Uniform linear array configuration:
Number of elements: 12
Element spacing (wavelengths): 1
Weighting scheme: uniform
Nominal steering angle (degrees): -45
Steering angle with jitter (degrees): -45.565
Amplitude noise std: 0.05
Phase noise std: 0.05

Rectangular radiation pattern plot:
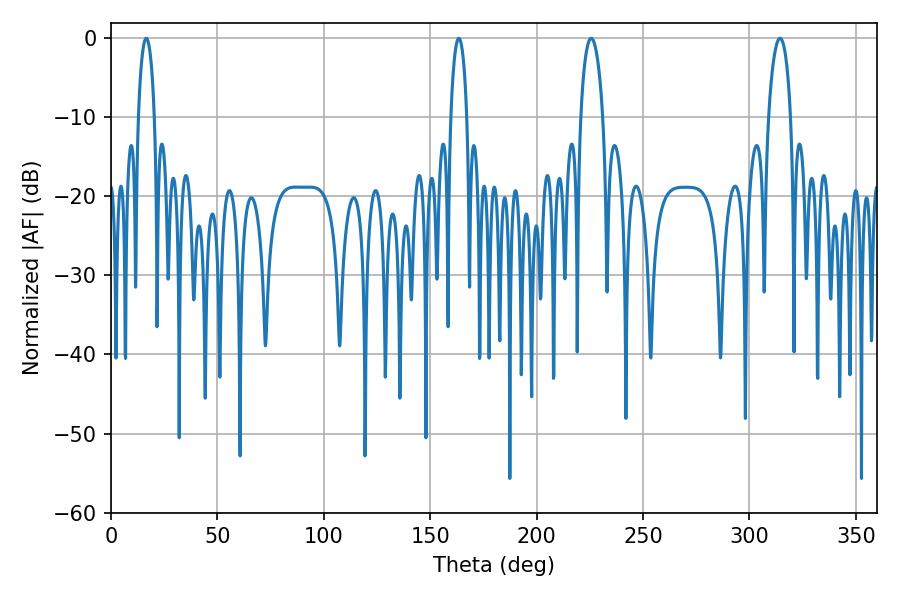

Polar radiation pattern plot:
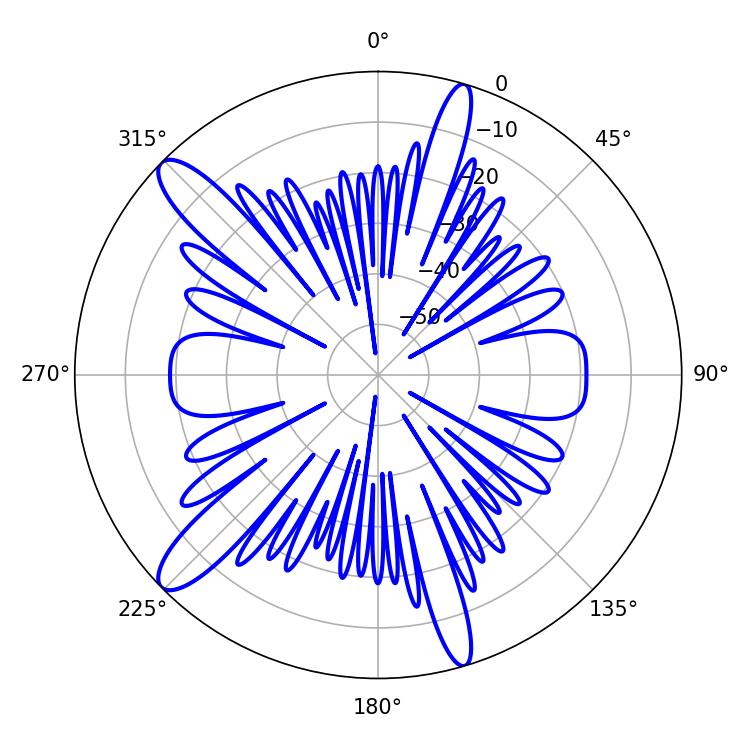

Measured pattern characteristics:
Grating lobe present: TRUE
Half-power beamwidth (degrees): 4.32
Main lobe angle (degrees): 163.44